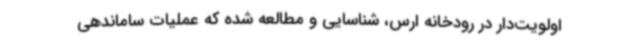
اولویت‌دار در رودخانه ارس، شناسایی و مطالعه شده که عملیات ساماندهی